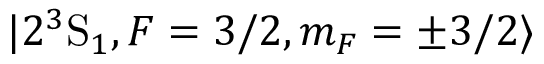
| 2 ^ { 3 } \mathrm { S } _ { 1 } , F = 3 / 2 , m _ { F } = \pm 3 / 2 \rangle